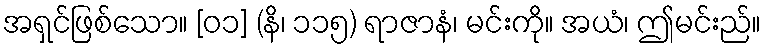
အရှင်ဖြစ်သော။ [၀၁] (နိ၊ ၁၁၅) ရာဇာနံ၊ မင်းကို။ အယံ၊ ဤမင်းည်။